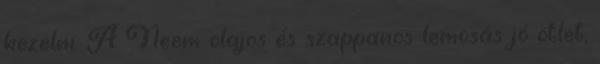
kezelni. A Neem olajos és szappanos lemosás jó ötlet,